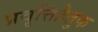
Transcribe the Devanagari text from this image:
प्रवृत्तिहेतुक